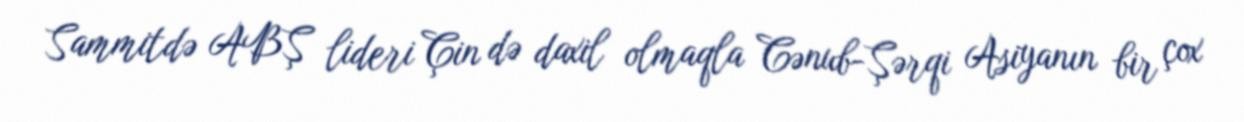
Sammitdə ABŞ lideri Çin də daxil olmaqla Cənub-Şərqi Asiyanın bir çox